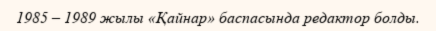
1985 – 1989 жылы «Қайнар» баспасында редактор болды.